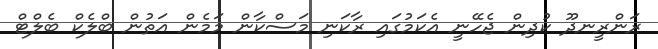
ރަންރީނދޫ ކުދިން ޖެހޭނީ އެކަމުގައި ރާކަނި މަސްކާން މަމެން އަތުން ބްލެކް ބެލްޓް